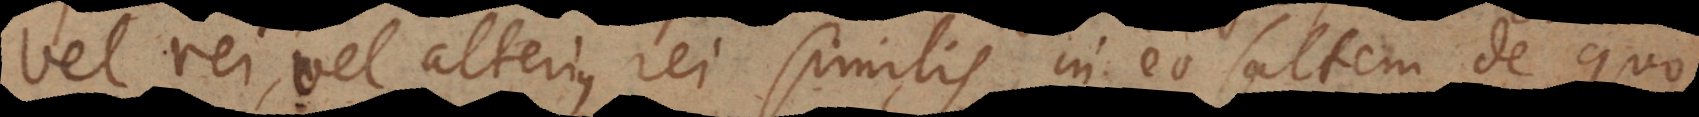
vel rei, vel alterius rei similis, in eo saltem de quo